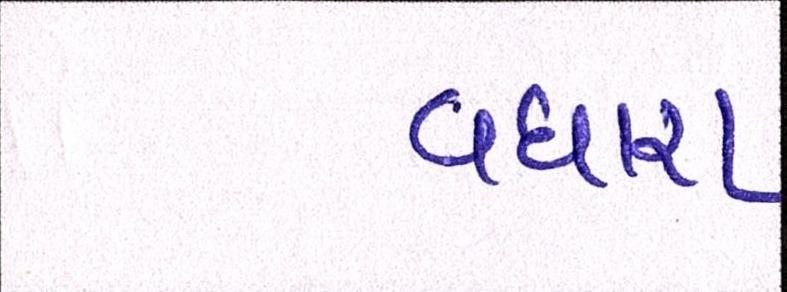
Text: વધારા